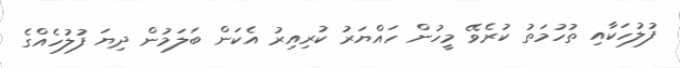
ފުލުހަކާއި ތުހުމަތު ކުރެވޭ މީހުން ހައްޔަރު ކުރިއިރު އެކަން ބަލަމުން ދިޔަ ފުލުހެއްގެ